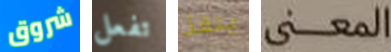
شروق تفعل ينقذ المعنى